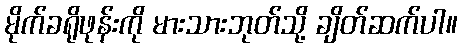
မိုက်ခရိုဖုန်းကို မားသားဘုတ်သို့ ချိတ်ဆက်ပါ။